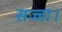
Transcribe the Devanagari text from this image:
सज्जा।